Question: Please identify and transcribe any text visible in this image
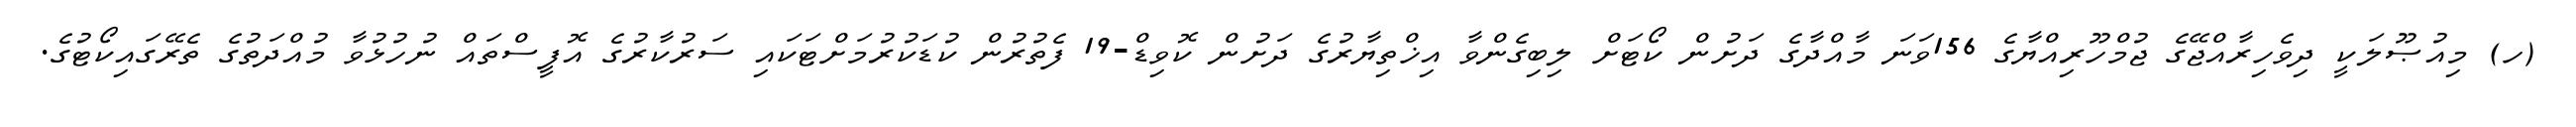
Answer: (ހ) މިއުޞޫލަކީ ދިވެހިރާއްޖޭގެ ޖުމްހޫރިއްޔާގެ 156ވަނަ މާއްދާގެ ދަށުން ކޯޓަށް ލިބިގެންވާ އިޚްތިޔާރުގެ ދަށުން ކޮވިޑް-19 ފެތުރުން ކުޑަކުރުމަށްޓަކައި ސަރުކާރުގެ އޮފީސްތައް ނުހުޅުވާ މުއްދަތުގެ ތެރޭގައިކޯޓުގެ.